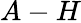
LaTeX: A-H